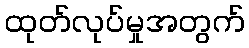
ထုတ်လုပ်မှုအတွက်